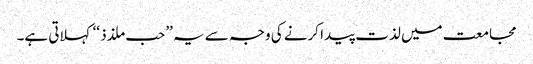
مجامعت میں لذت پیدا کرنے کی وجہ سے یہ ’’حب ملذذ ‘‘کہلاتی ہے۔